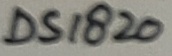
Text: DS1820